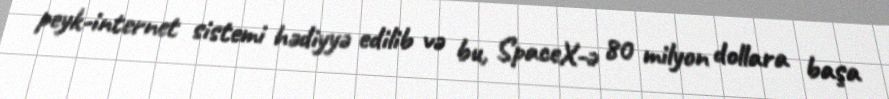
peyk-internet sistemi hədiyyə edilib və bu, SpaceX-ə 80 milyon dollara başa